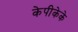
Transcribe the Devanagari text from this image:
केपीकेके